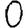
Digit: 0